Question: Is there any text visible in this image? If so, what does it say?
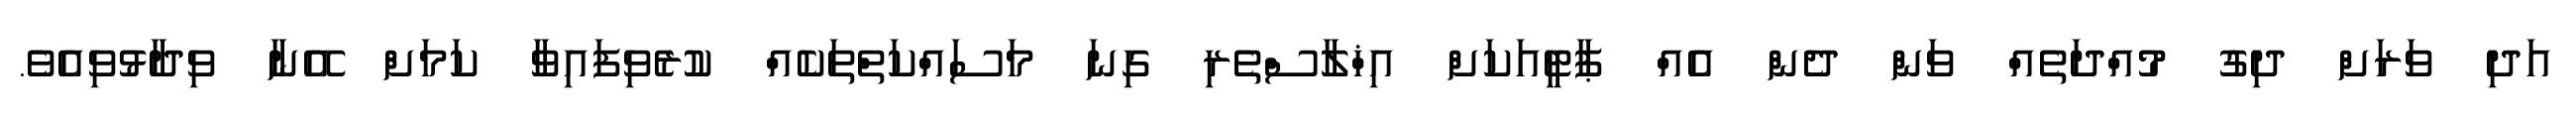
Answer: އަދި ވަރަށް ދިގު މުއްދަތެއް ވަން ދެން އެއް ޕާޓީއަކަށް އިޚްލާސްތެރި ގިނަ މަސައްކަތްތަކެއް ކުރެވިފައިވާ ކަމަށް އޭނާ ވިދާޅުވިއެވެ.